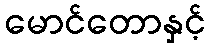
မောင်တောနှင့်